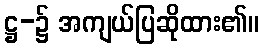
ဋ္ဌ-၌ အကျယ်ပြဆိုထား၏။